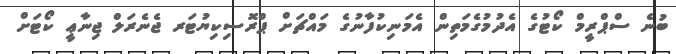
ބުނެ ސްޕްރީމް ކޯޓުގެ އެދުމުގެމަތިން އެމަނިކުފާނުގެ މައްޗަށް ޕްރޮސިކިޔުޓަރ ޖެނެރަލް ޖިނާޢީ ކޯޓަށް